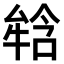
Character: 𤚥